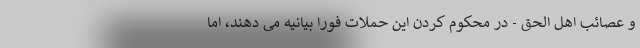
و عصائب اهل الحق - در محکوم کردن این حملات فورا بیانیه می دهند، اما